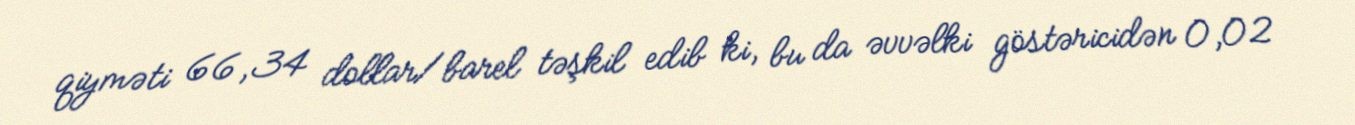
qiyməti 66,34 dollar/barel təşkil edib ki, bu da əvvəlki göstəricidən 0,02